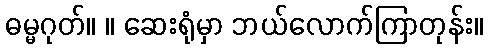
ဓမ္မဂုတ်။ ။ ဆေးရုံမှာ ဘယ်လောက်ကြာတုန်း။